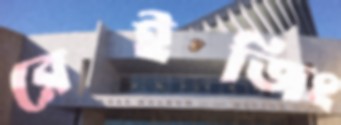
রেইজিং